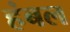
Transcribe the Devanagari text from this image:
हंबल